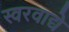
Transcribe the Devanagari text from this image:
स्वरवाद्ये